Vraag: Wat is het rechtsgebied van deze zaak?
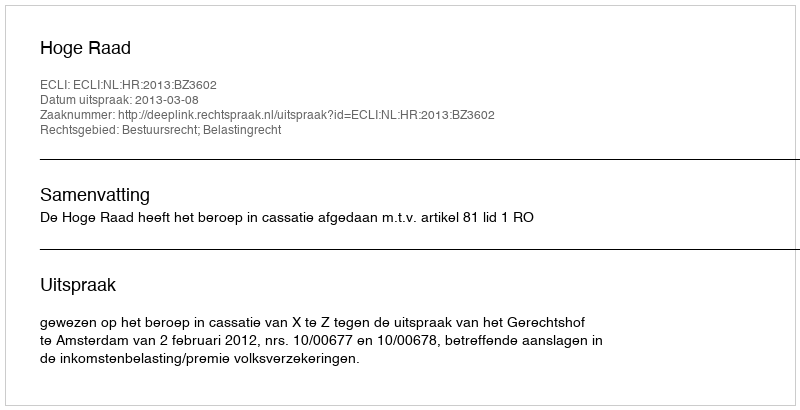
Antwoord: Bestuursrecht; Belastingrecht